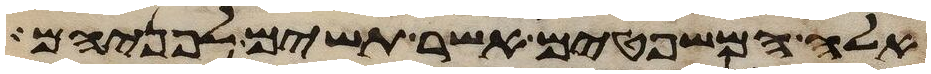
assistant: אלה המשפטים אשר תשים לפניהם